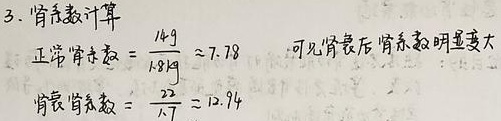
3. 肾衰数计算
正常肾衰数\(=\frac{14\mathrm{g}}{1.8\mathrm{kg}}\approx7.78\)
可见肾衰后肾衰数明显变大，肾衰肾衰数\(=\frac{22}{1.7}\approx12.94\)